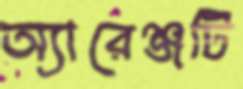
অ্যারেঞ্জটি